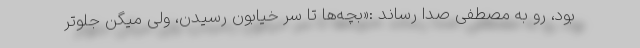
بود، رو به مصطفی صدا رساند :«بچه‌ها تا سر خیابون رسیدن، ولی میگن جلوتر